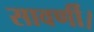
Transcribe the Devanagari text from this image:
सावर्णी।